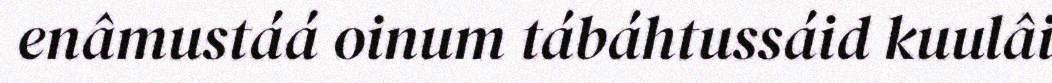
enâmustáá oinum tábáhtussáid kuulâi